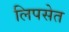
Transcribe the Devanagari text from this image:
लिपसेत